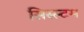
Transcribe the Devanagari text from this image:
सिस्स्टम